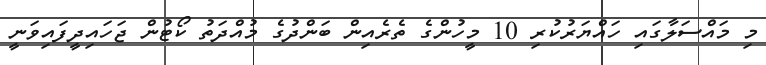
މި މައްސަލާގައި ހައްޔަރުކުރި 10 މީހުންގެ ތެރެއިން ބަންދުގެ މުއްދަތު ކޯޓުން ޖަހައިދީފައިވަނީ